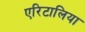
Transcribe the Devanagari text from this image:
एरिटालिया